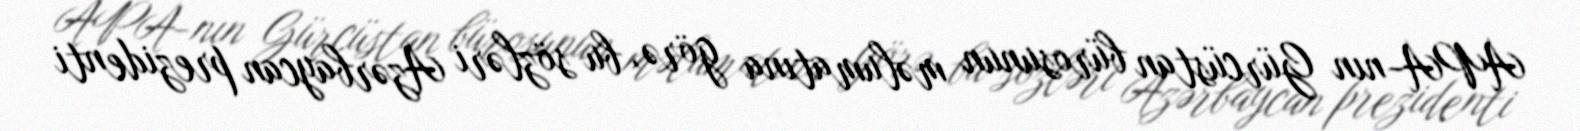
APA-nın Gürcüstan bürosunun məlumatına görə, bu sözləri Azərbaycan prezidenti